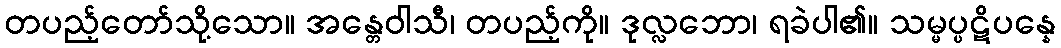
တပည့်တော်သို့သော။ အန္တေဝါသီ၊ တပည့်ကို။ ဒုလ္လဘော၊ ရခဲပါ၏။ သမ္မပ္ပဋိပန္နေ